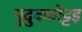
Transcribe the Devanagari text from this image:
पुदुक्कोट्टइ